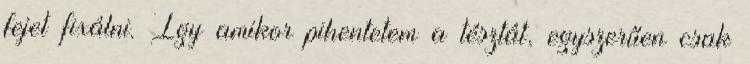
fejet fixálni. Így amikor pihentetem a tésztát, egyszerűen csak